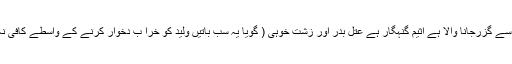
متاع للخلیو منع کرنے والا ہے بھائی سے معتؔہ ظالم کرنے والا اور حد سے گزرجانا والا ہے اثیم گنہگار ہے عُتُلؔ بدر اور زشت خوہی ( گویا یہ سب باتیں ولید کو خرا ب دخوار کرنے کے واسطے کافی نہ تھیں) اور بعد ان عیبوں کے وہ دلدالزنا یعنے حرام کا کا لطفہ بھی ہے۔